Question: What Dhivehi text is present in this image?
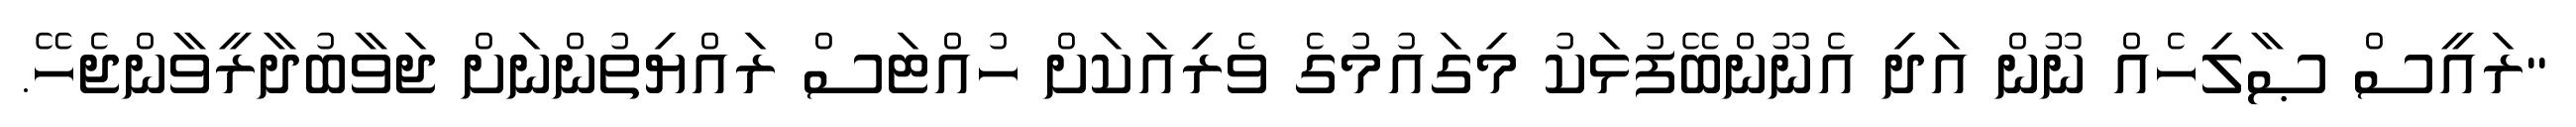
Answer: "ރައީސް ޞާލިހެއް ނޫން އަދި އެނޫންބޭފުޅަކު މިގައުމުގެ ވެރިއަކަށް ހުއްޓަސް ރައްޔިތުންނަށް ޖަވާބުދާރީވާންޖެހޭ.